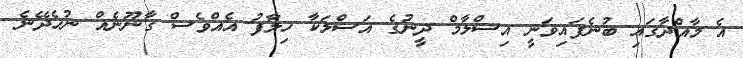
އެ މާއްދާގައި ބުނެފައިވަނީ އިސްލާމް ދީނުގެ އަސްލަކާ ހިލާފު އެއްވެސް ގާނޫނެއް ނުހެދޭނެ